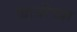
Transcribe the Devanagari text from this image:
खात्रीच्या